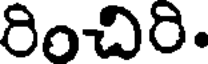
రించిరి.